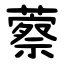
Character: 䕓